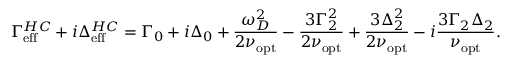
\Gamma _ { \mathrm { e f f } } ^ { H C } + i \Delta _ { \mathrm { e f f } } ^ { H C } = \Gamma _ { 0 } + i \Delta _ { 0 } + \frac { \omega _ { D } ^ { 2 } } { 2 \nu _ { \mathrm { o p t } } } - \frac { 3 \Gamma _ { 2 } ^ { 2 } } { 2 \nu _ { \mathrm { o p t } } } + \frac { 3 \Delta _ { 2 } ^ { 2 } } { 2 \nu _ { \mathrm { o p t } } } - i \frac { 3 \Gamma _ { 2 } \Delta _ { 2 } } { \nu _ { \mathrm { o p t } } } .